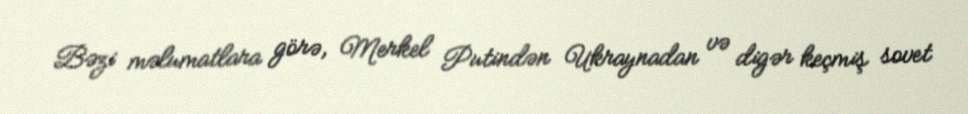
Bəzi məlumatlara görə, Merkel Putindən Ukraynadan və digər keçmiş sovet